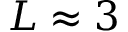
L \approx 3